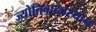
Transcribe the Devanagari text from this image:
ज्योतिबादेवस्थान